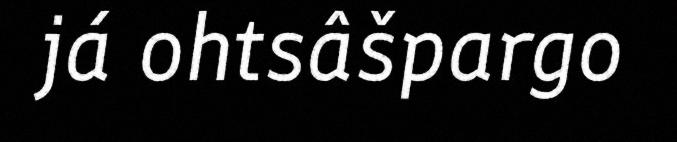
já ohtsâšpargo